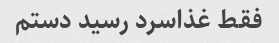
فقط غذاسرد رسید دستم